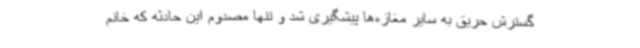
گسترش حریق به سایر مغازه‌ها پیشگیری شد و تنها مصدوم این حادثه که خانم